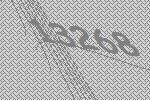
13268